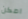
امكن